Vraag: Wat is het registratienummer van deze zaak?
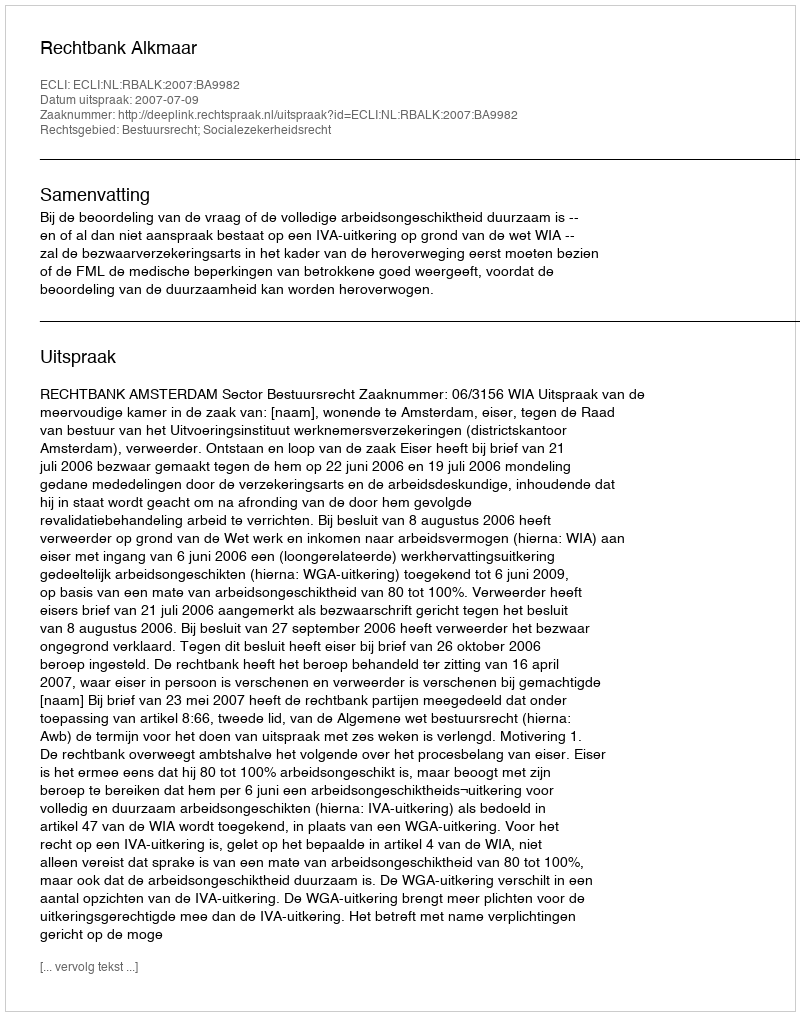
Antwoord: http://deeplink.rechtspraak.nl/uitspraak?id=ECLI:NL:RBALK:2007:BA9982